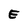
Character: E